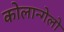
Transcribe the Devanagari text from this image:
कोलान्गेलो